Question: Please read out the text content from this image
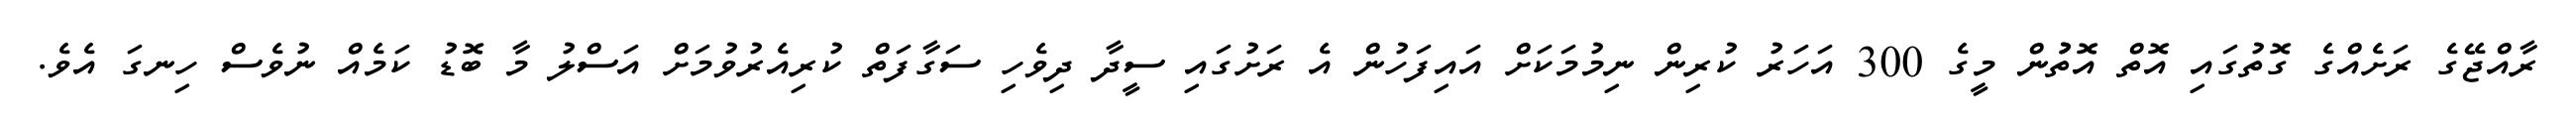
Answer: ރާއްޖޭގެ ރަށެއްގެ ގޮތުގައި އޮތް އޮތުުން މީގެ 300 އަހަރު ކުރިން ނިމުމަކަށް އައިފަހުން އެ ރަށުގައި ސީދާ ދިވެހި ސަގާފަތް ކުރިއެރުވުމަށް އަސްލު މާ ބޮޑު ކަމެއް ނުވެސް ހިނގަ އެވެ.